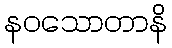
နဝသောတာနိ